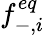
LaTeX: f_{-,i}^{eq}